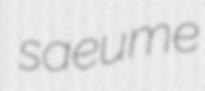
saeume